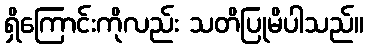
ရှိကြောင်းကိုလည်း သတိပြုမိပါသည်။